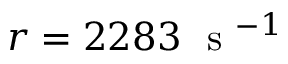
r = 2 2 8 3 ~ \mathrm { ~ s ~ } ^ { - 1 }